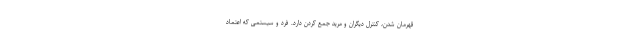
قهرمان شدن، کنترل دیگران و مرید جمع کردن دارد. فرد و سیستمی که اعتماد